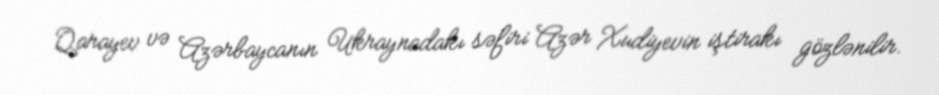
Qarayev və Azərbaycanın Ukraynadakı səfiri Azər Xudiyevin iştirakı gözlənilir.